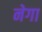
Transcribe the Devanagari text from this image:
नेगा